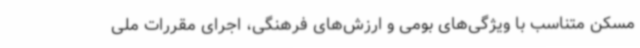
مسکن متناسب با ویژگی‌های بومی و ارزش‌های فرهنگی، اجرای مقررات ملی